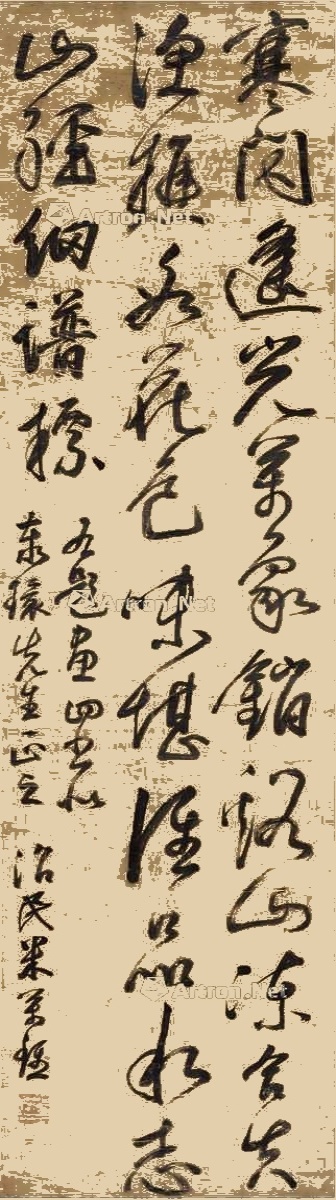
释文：寒闪遥光万象销，溪山冻合失渔樵。冰花色味堪谁品，水志山经细谱标。右题画四，书似泰环先生正之，治民米万钟。